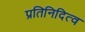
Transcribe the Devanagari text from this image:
प्रतिनिदित्व